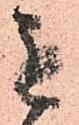
も